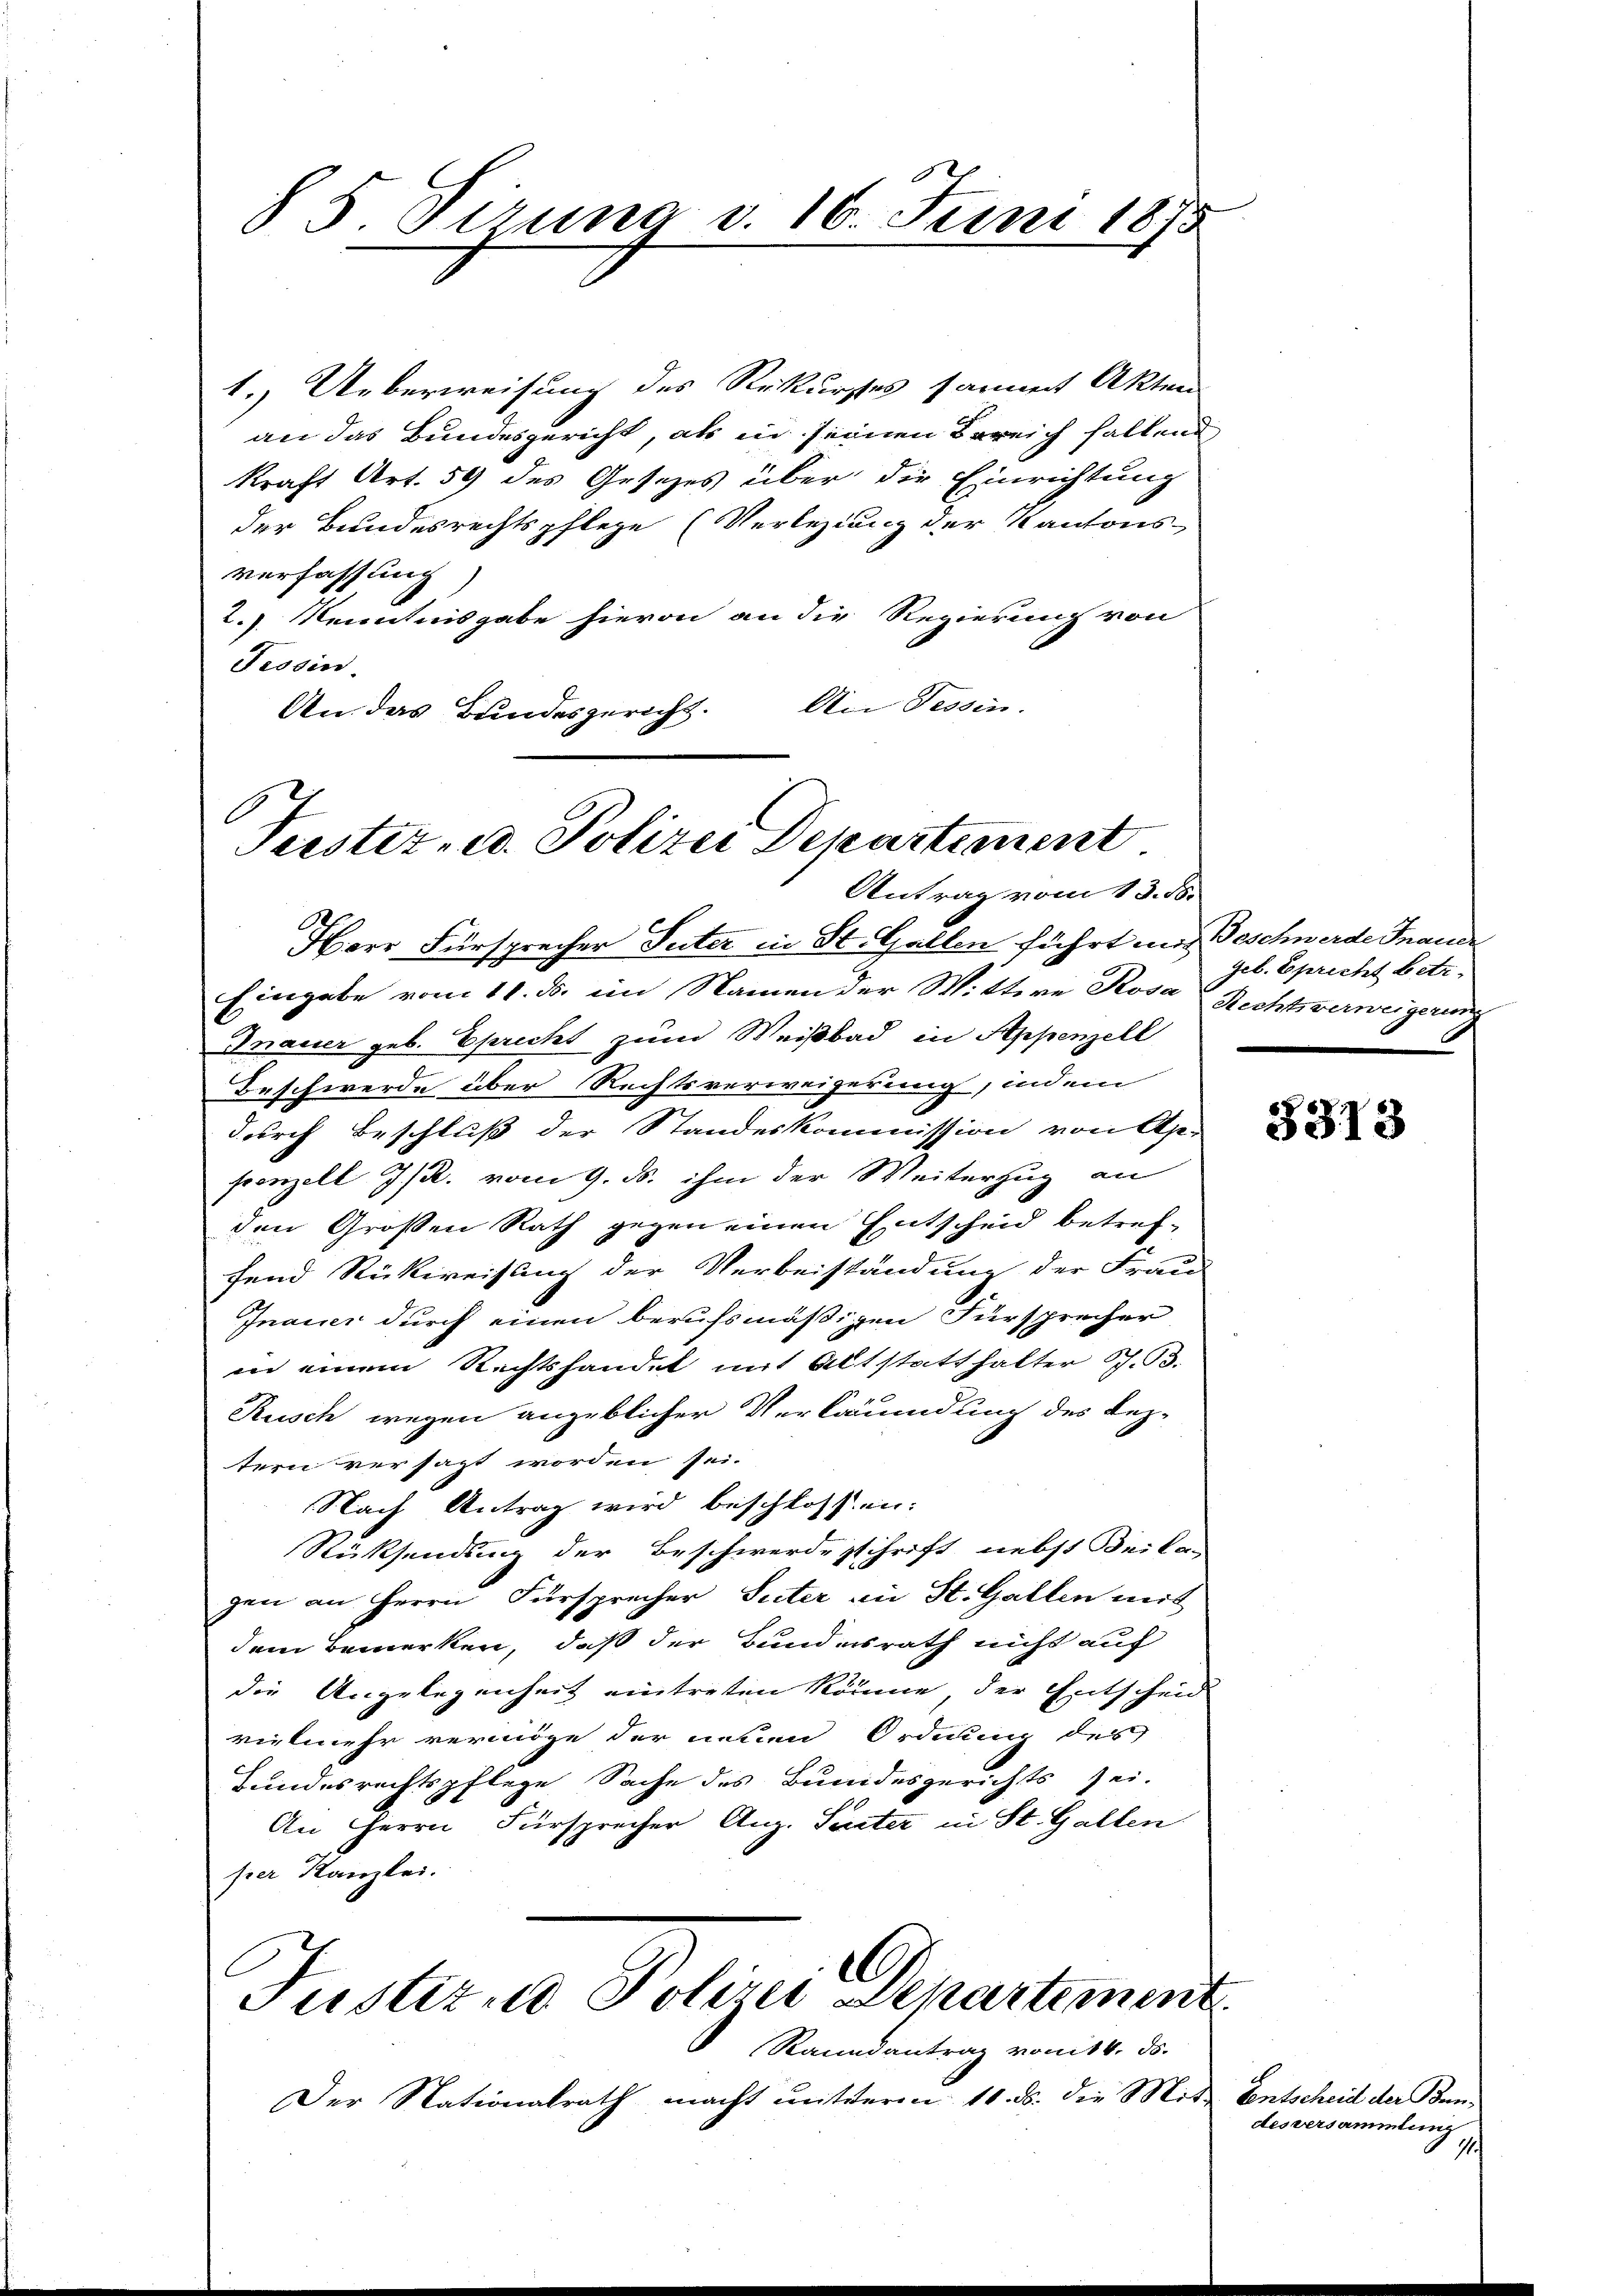
1.) Ueberweisung des Rekurses sammet Akten
an das Bundesgericht, als in seinen Bereich haltend,
kraft Art. 59 des Gesezes über die Einrichtung
der Bundesrechtspflege (Verlegung der Kantons-
verfassung
2.) Kenntnisgabe hievon an die Regierung von
Tessin.
An Tessin.
An das Bundesgericht.

§ 5. Tirung d. 16. Juni 1875

Teistet, u. Polizei Departement
Antrag vom 13. 55.

Herr Fürsprecher Seiter in St. Gallen führt aus Geschwerde France
Eingabe vom 11. ds. im Namen der Wittwe Rosa Rechtsverweigerung
Mauer geb. Spricht zum Weißbad in Appenzell
Beschwerde über Rechtsverweigerung, indem
durch Beschluß der Standeskommission von Ap
ponzell I/R. vom 9. ds. ihm der Weiterzug an
den Großen Rath gegen einen Entscheid betref-
fend Rückweisung der Verbeiständung der Frau
Inauer durch einen berufsmäßigen Fürsprecher
in einem Rechtshandel mit Altstatthalter S. B.
Rusch wegen angeblicher Verkäumdung des Lez-
tern versagt worden sei.
Nach Antrag wird beschlossen:
Rücksendung der Beschwerde schrift nebst Beila-
gen an Herrn Fürsprecher Suter an St. Gallen mit
dem Bemerken, daß der Bundesrath nicht auf
die Angelegenheit eintreten könne, der Entscheid
vielmehr vermöge der neuen Ordnung des
Hundesrechtspflege Sache des Bundesgerichts sei.
An Herrn Fürsprecher Aug. Seiter in St. Gallen
per Kanzlei.

e
Justiz u. Polizei Departement

Raundantrag vom 14. ds.
Der Nationalrath macht mitterm 10. ds. die Mit Entscheid der Bun¬

geb. Epricht betr.

3313

desversammlung
s